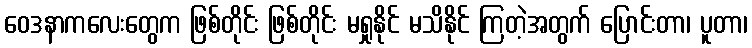
ဝေဒနာကလေးတွေက ဖြစ်တိုင်း ဖြစ်တိုင်း မရှုနိုင် မသိနိုင် ကြတဲ့အတွက် ပြောင်းတာ၊ ပူတာ၊